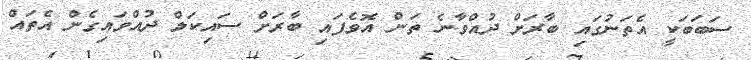
ސަބަބަކީ އެތަނުގައި ބާރަށް ދުއްވާނެ ތަން އޮވެފައި ބާރަށް ސައިކަލް ދުއްވައިގެން އެތައް